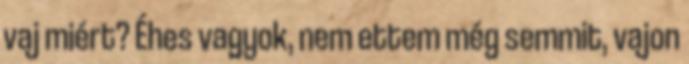
vaj miért? Éhes vagyok, nem ettem még semmit, vajon